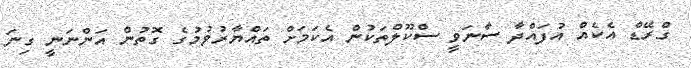
ގްރޭޑް އެކެއް އުފައްދާ ސާނަވީ ސްކޫލްތަކުން އެކަމަށް ތައްޔާރުވުމުގެ ގޮތުން އަންނަނީ ގިނަ